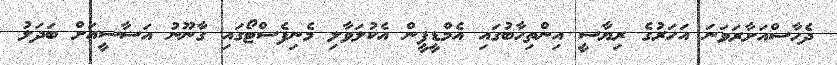
ދެހާސްއަށާރަވަނަ އަހަރުގެ ރިޔާސީ އިންތިހާބުގައި އެމްޑީޕީން އެކުލަވާލި މެނިފެސްޓޯގައި ގާނޫނު އަސާސީއަށް ބަދަލު